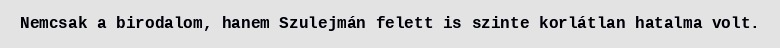
Nemcsak a birodalom, hanem Szulejmán felett is szinte korlátlan hatalma volt.